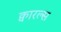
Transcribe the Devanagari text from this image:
क्वारल्स